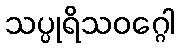
သပ္ပုရိသဝဂ္ဂေါ